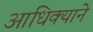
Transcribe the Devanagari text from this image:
आधिक्याने